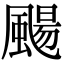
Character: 颺